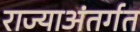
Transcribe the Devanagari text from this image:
राज्याअंतर्गत